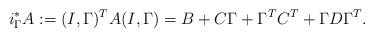
LaTeX: \begin{align*}i_{\Gamma}^* A := (I, \Gamma)^T A (I,\Gamma) = B + C\Gamma + \Gamma^T C^T + \Gamma D \Gamma^T.\end{align*}